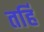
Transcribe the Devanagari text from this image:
तर्हि